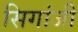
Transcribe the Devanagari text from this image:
सिगांजी